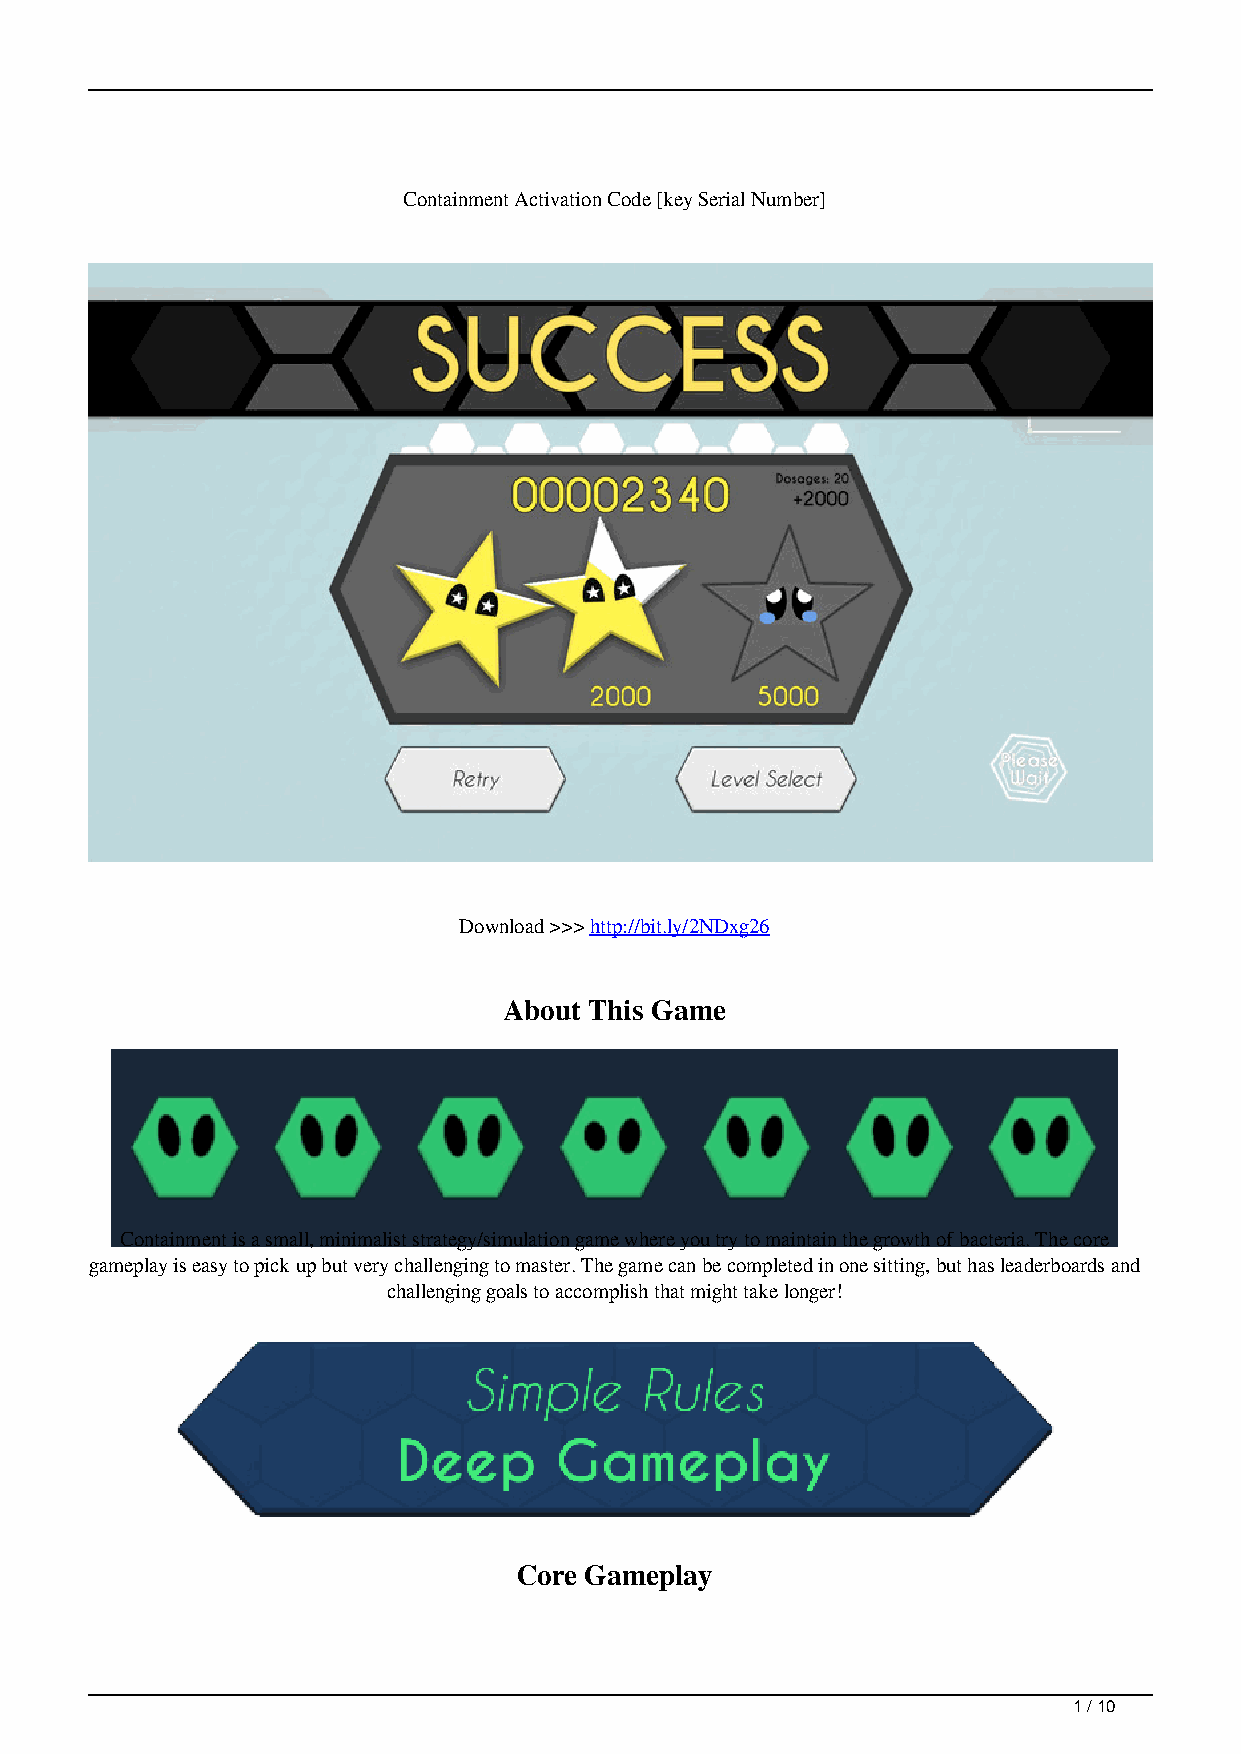
Containment Activation Code [key Serial Number]
 Download >>> http://bit.ly/2NDxg26
 About This Game
 Containment is a small, minimalist strategy/simulation game where you try to maintain the growth of bacteria. The core
 gameplay is easy to pick up but very challenging to master. The game can be completed in one sitting, but has leaderboards and
 challenging goals to accomplish that might take longer!
 Core Gameplay
 1 / 10